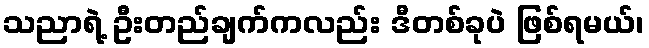
သညာရဲ့ ဦးတည်ချက်ကလည်း ဒီတစ်ခုပဲ ဖြစ်ရမယ်၊